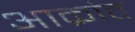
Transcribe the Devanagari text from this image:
अाक्रांत